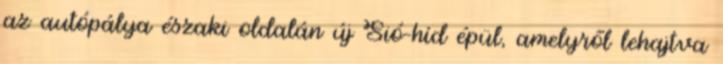
az autópálya északi oldalán új Sió-híd épül, amelyről lehajtva